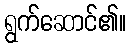
ရွက်ဆောင်၏။